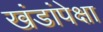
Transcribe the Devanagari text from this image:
खंडांपेक्षा